Indian journal of veterinary science and animal husbandry - Volumes 26-27, 1956-1957
Year: 1956
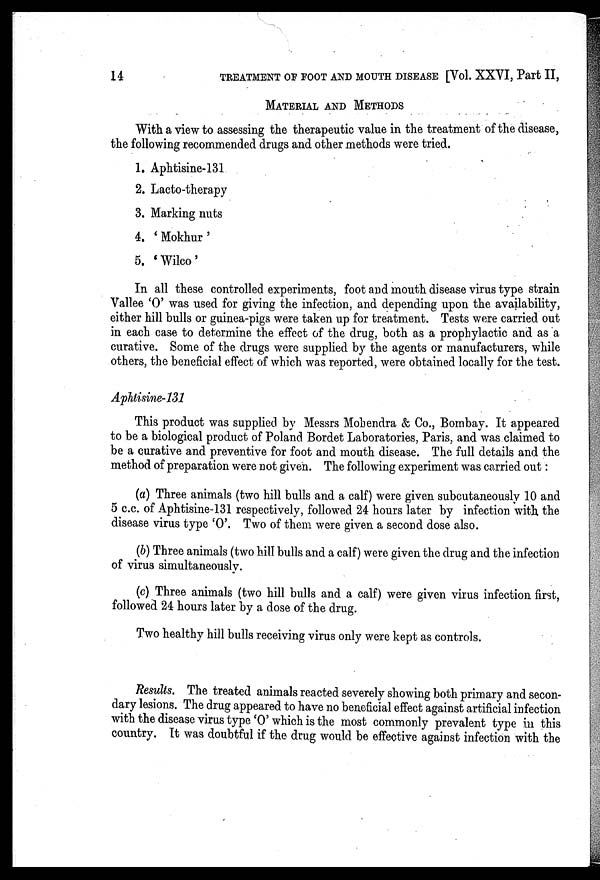
14
TREATMENT OF FOOT AND MOUTH DISEASE [Vol. XXVI, Part II,
MATERIAL AND METHODS
With a view to assessing the therapeutic value in the treatment of the disease,
the following recommended drugs and other methods were tried.
1. Aphtisine-131
2. Lacto-therapy
3. Marking nuts
4. 'Mokhur'
5. 'Wilco'
In all these controlled experiments, foot and mouth disease virus type strain
Vallee 'O' was used for giving the infection, and depending upon the availability,
either hill bulls or guinea-pigs were taken up for treatment. Tests were carried out
in each case to determine the effect of the drug, both as a prophylactic and as a
curative. Some of the drugs were supplied by the agents or manufacturers, while
others, the beneficial effect of which was reported, were obtained locally for the test.
Aphtisine-131
This product was supplied by Messrs Mohendra & Co., Bombay. It appeared
to be a biological product of Poland Bordet Laboratories, Paris, and was claimed to
be a curative and preventive for foot and mouth disease. The full details and the
method of preparation were not given. The following experiment was carried out:
(a) Three animals (two hill bulls and a calf) were given subcutaneously 10 and
5 c.c. of Aphtisine-131 respectively, followed 24 hours later by infection with the
disease virus type 'O'. Two of them were given a second dose also.
(b) Three animals (two hill bulls and a calf) were given the drug and the infection
of virus simultaneously.
(c) Three animals (two hill bulls and a calf) were given virus infection first,
followed 24 hours later by a dose of the drug.
Two healthy hill bulls receiving virus only were kept as controls.
Results. The treated animals reacted severely showing both primary and secon-
dary lesions. The drug appeared to have no beneficial effect against artificial infection
with the disease virus type 'O' which is the most commonly prevalent type in this
country. It was doubtful if the drug would be effective against infection with the